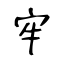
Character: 牢